Annual report of lunatic asylums [Bombay] - 1912-1922
Year: 1912
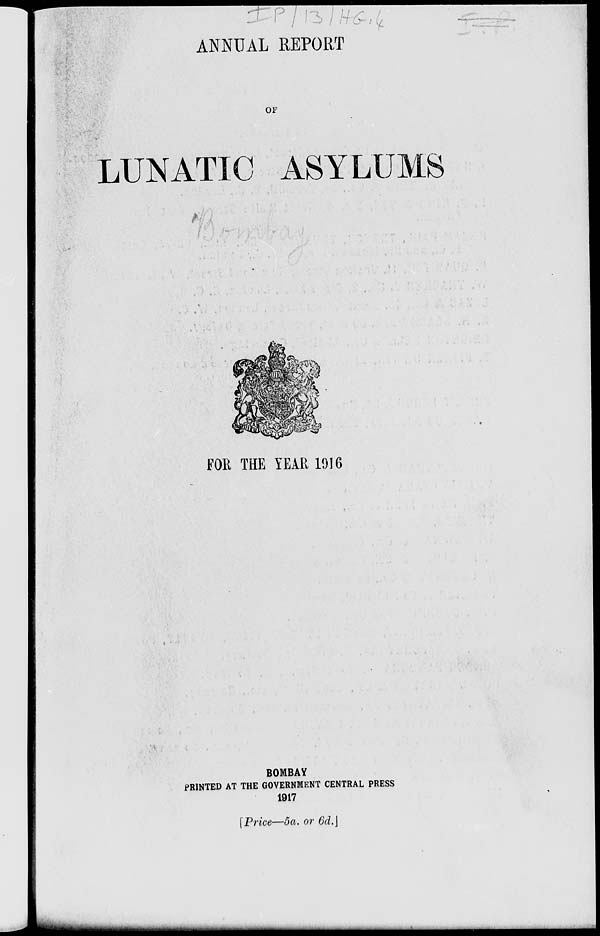
ANNUAL REPORT
OF
LUNATIC ASYLUMS
FOR THE YEAR 1916.
BOMBAY
PRINTED AT THE GOVERNMENT CENTRAL PRESS
1917
[Price—5a. or 6d.]